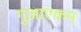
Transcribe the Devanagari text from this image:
गुआएकम